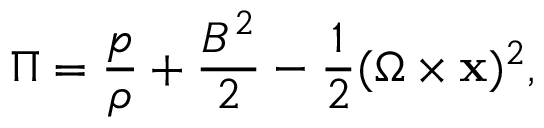
\Pi = \frac { p } { \rho } + \frac { B ^ { 2 } } 2 - \frac { 1 } { 2 } ( \boldsymbol { \Omega } \times \mathbf { x } ) ^ { 2 } ,